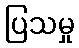
ပြသမှု